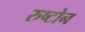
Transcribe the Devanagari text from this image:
रुष्टोन